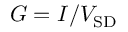
G = I / V _ { \mathrm { S D } }